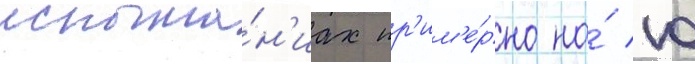
испыта́н'иах пр'им'е́рно на́ 10